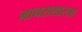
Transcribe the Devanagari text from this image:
मानसशास्त्रा